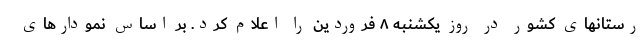
رستانهای کشور در روز یکشنبه ۸ فروردین را اعلام کرد. بر اساس نمودارهای